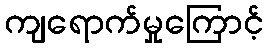
ကျရောက်မှုကြောင့်